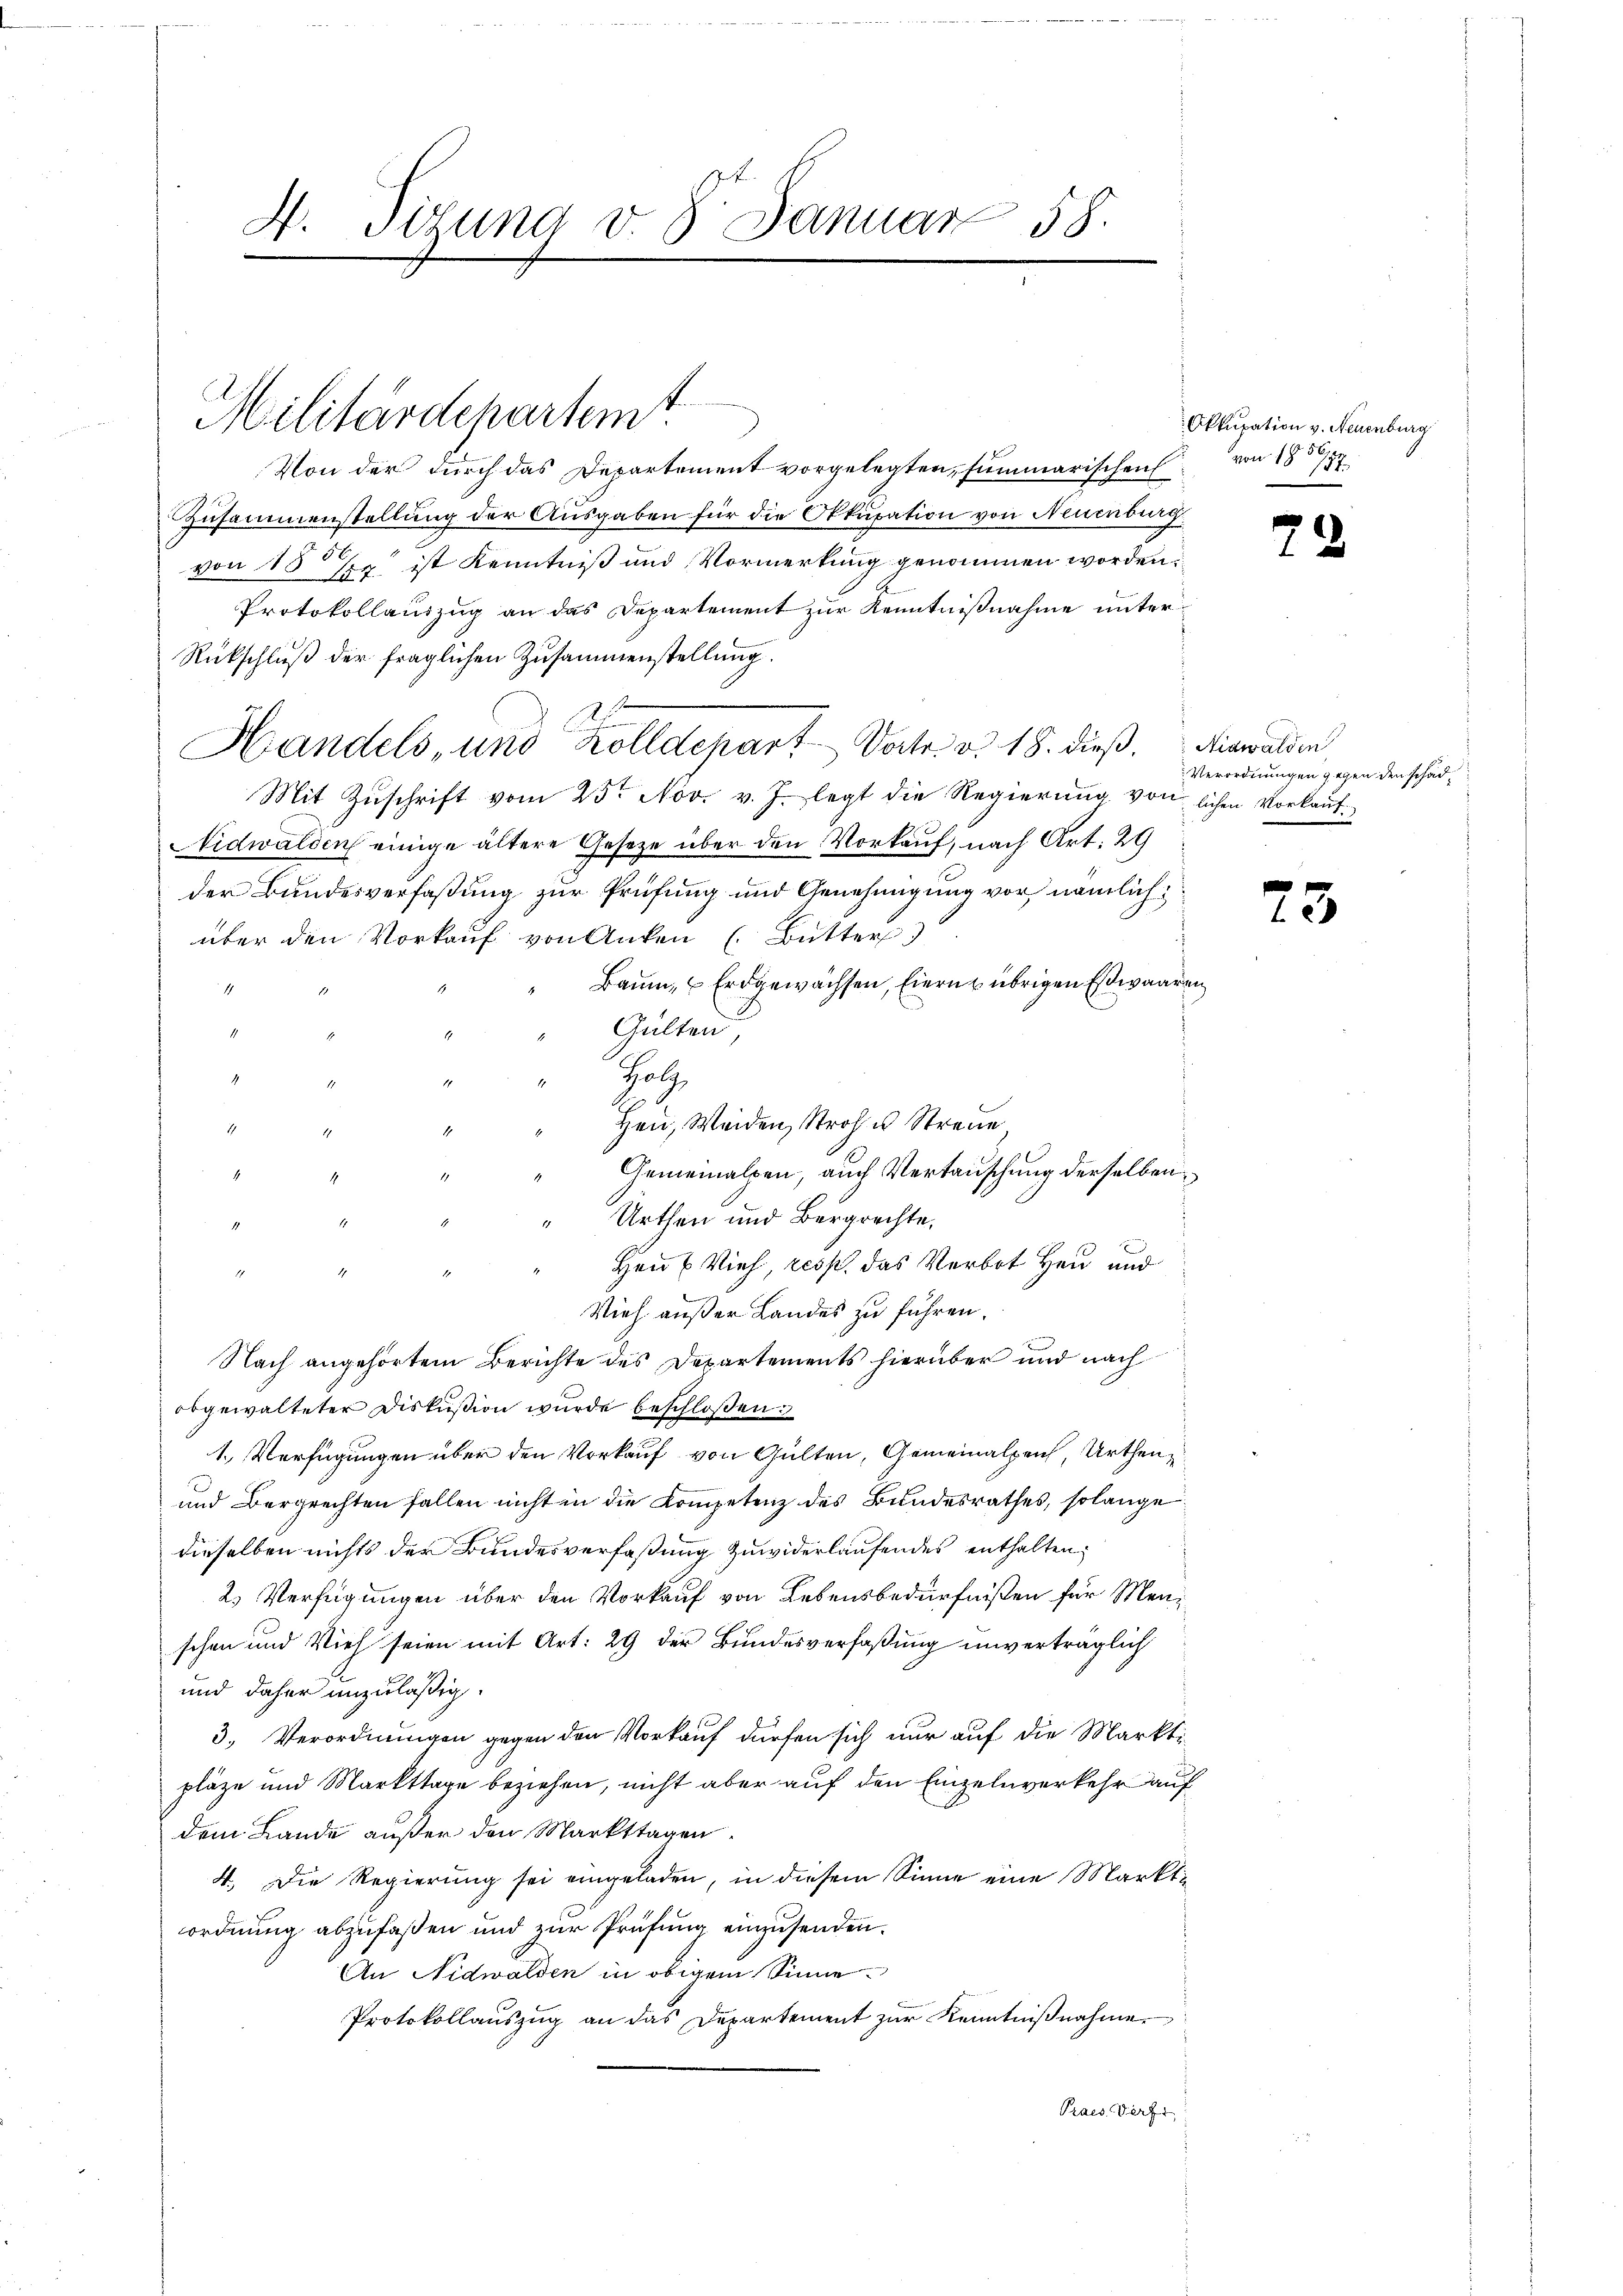
4. Sigung v. 8. Januar 58.

Militärdepartemt

Von der durch das Departement vorgelegten, summarischen von 1856,
Zusammenstellung der Ausgaben für die Okkupation von Neuenburg
von 15 se ist Kenntniß und Vormerkung genommen worden,
Protokollauszug an das Departement zur Kenntnißnahme unter
Rückschluß der fraglichen Zusammenstellung.
d
Handels, und Zolldepart Vortr. v. 18. dieß. Nidwalden
Mit Zŭschrift vom 25. Nov. v. J. legt die Regierŭng von lichen Vorkaṅt.
Nidwalden einige ältere Gesetze über den Vorkauf, nach Art. 29
der Bundesverfaßung zur Prüfung und Genehmigung vor, nämlich
über den Vorkauf von Anken (Butter)
Baum, u Erdgewachsen, Eierns übrigen Esswaaren
.
Gülten
Hatz
Heu, Weiden Stroh u Streue
Gemeinalpen, auch Vertauschung derselben
Urthen und Bergrechte,
Hen u Vieh, resp. das Verbot Heu und
4
e
Vieh außer Landes zu führen.
Nach angehörtem Berichte des Departements hierüber und nach
obgewalteter Diskußion wurde beschloßen:
1. Verfügungen über den Vorkauf von Gülten, Gemeinalpeich, Urthen¬
und Bergrechten fallen nicht in die Kompetenz des Bundesrathes, solange
dieselben nichts der Bundesverfaßung zuwiderlaufendes enthalten,
2. Verfügungen über den Vorkauf von Lebensbedürfnißen für Menschen und Vieh seien mit Art: 29 der Bundesverfaßung unverträglich
und daher unzuläßig.
3. Verordnungen gegen den Vorkauf dürfen sich nur auf die Markt-
pläze und Markttage beziehen, nicht aber auf den Einzelnverkehr auf
dem Lande außer den Markttagen
4. Die Regierung sei eingeladen, in diesem Sinne eine Markt-
ordnung abzufaßen und zur Prüfung einzusenden.
An Nidwalden in obigem Sinne.
Protokollauszug an das Departement zur Kenntnißnahme
Praes. Verft

Okkupation v. Neuenburg
15
37.

22

Verordnungen gegen den schad¬

73